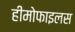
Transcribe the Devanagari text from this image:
हीमोफाइलस